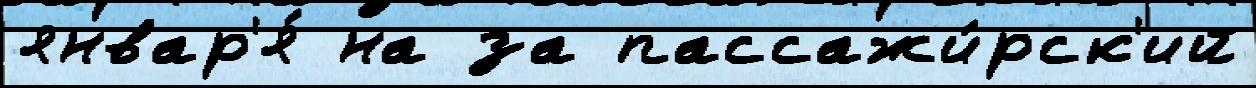
январ'я́ на за пассажи́рск'ий